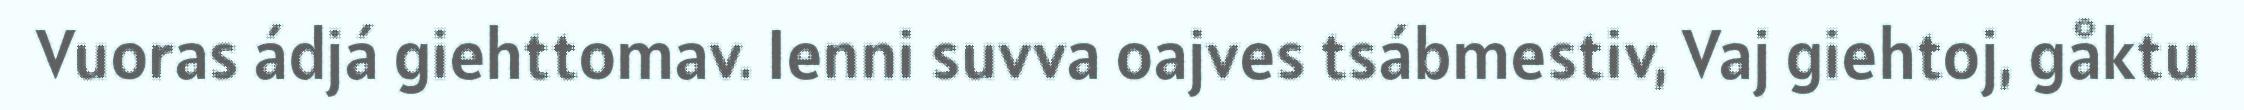
Vuoras ádjá giehttomav. Ienni suvva oajves tsábmestiv, Vaj giehtoj, gåktu